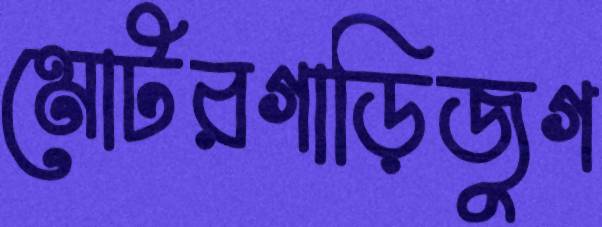
মোটরগাড়িজুগ